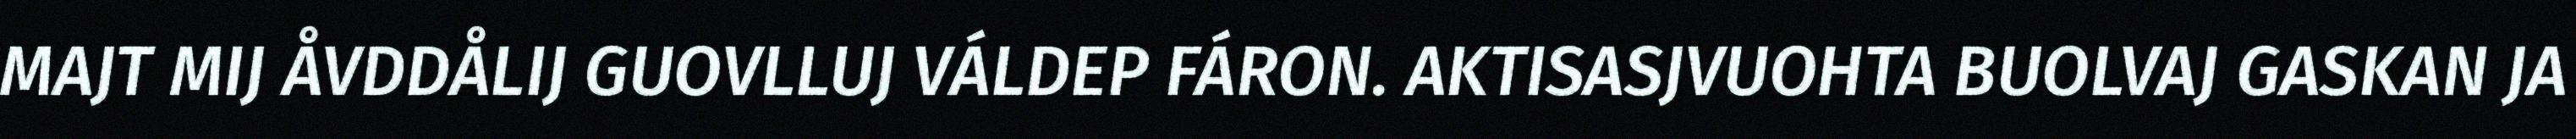
MAJT MIJ ÅVDDÅLIJ GUOVLLUJ VÁLDEP FÁRON. AKTISASJVUOHTA BUOLVAJ GASKAN JA